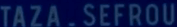
TAZA-SEFROU